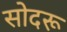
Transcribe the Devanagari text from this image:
सोदरू